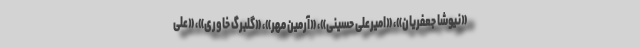
«نیوشا جعفریان»، «امیرعلی حسینی»، «آرمین مهر»، «گلبرگ خاوری»، «علی